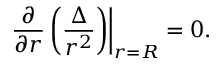
\left. \frac { \partial } { \partial r } \left( \frac { \Delta } { r ^ { 2 } } \right) \right| _ { r = R } = 0 .